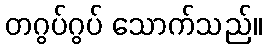
တဂွပ်ဂွပ် သောက်သည်။